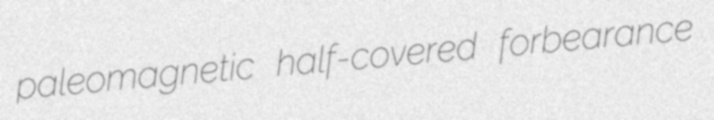
paleomagnetic half-covered forbearance